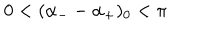
LaTeX: 0 < ( \alpha _ { - } - \alpha _ { + } ) _ { 0 } < \pi \,